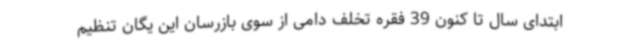
ابتدای سال تا کنون 39 فقره تخلف دامی از سوی بازرسان این یگان تنظیم